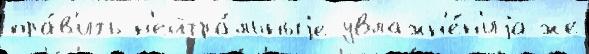
пра́в'ить н'ейтра́льныjе увлажн'е́н'иjа же